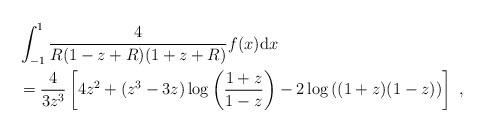
\begin{align*}&\int_{-1}^{1}\frac{4}{R(1-z+R)(1+z+R)}f(x)\mathrm{d}x\\&= \frac{4}{3z^3}\left[4z^2 +(z^3-3z)\log\left(\frac{1+z}{1-z}\right) -2\log\left((1+z)(1-z)\right)\right]\ ,\end{align*}